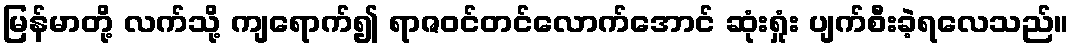
မြန်မာတို့ လက်သို့ ကျရောက်၍ ရာဇဝင်တင်လောက်အောင် ဆုံးရှုံး ပျက်စီးခဲ့ရလေသည်။